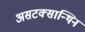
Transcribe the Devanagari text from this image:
असटक्सान्थिन